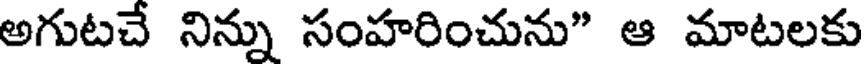
అగుటచే నిన్ను సంహరించును" ఆ మాటలకు